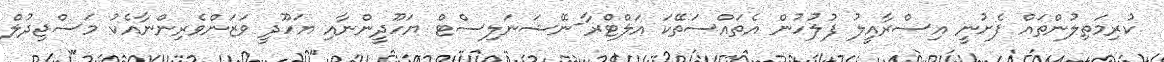
ކުރިމަތިލުންތައް ފެށުނީ އިސްރާއީލު ފުލުހުން އެތައްސަތޭކަ އަލްޓްރާ-ނޭޝަނަލިސްޓް ޔަހޫދީންނާއި ޔަހޫދީ ވަޒަންވެރިންނާއެކު މަސްޖިދުލް